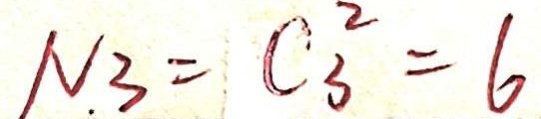
N _ { 3 } = C _ { 3 } ^ { 2 } = 6